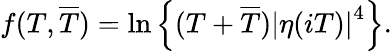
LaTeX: f(T,\overline{{{T}}})=\ln\left\{ (T+\overline{{{T}}})\left|\eta(iT)\right|^{4}\right\} .